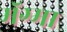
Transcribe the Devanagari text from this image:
मॅग्मा